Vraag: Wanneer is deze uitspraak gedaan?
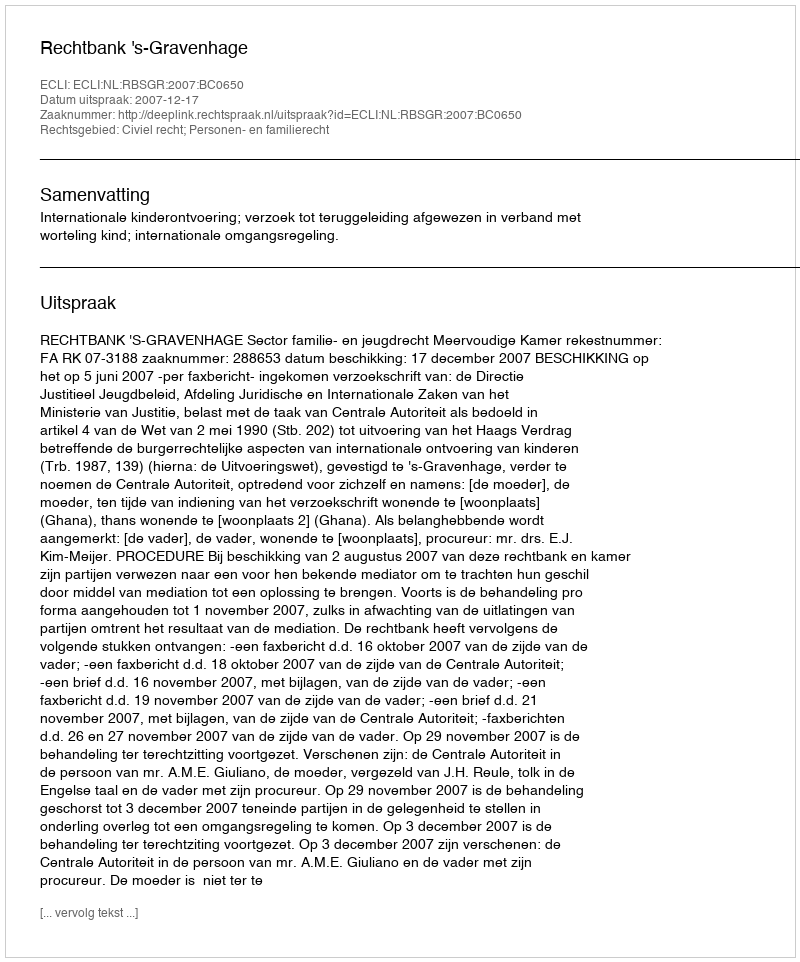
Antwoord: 2007-12-17